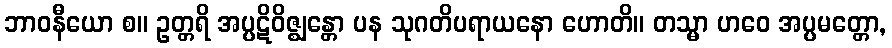
ဘာဝနီယော စ။ ဥတ္တရိ အပ္ပဋိဝိဇ္ဈန္တော ပန သုဂတိပရာယနော ဟောတိ။ တသ္မာ ဟဝေ အပ္ပမတ္တော,